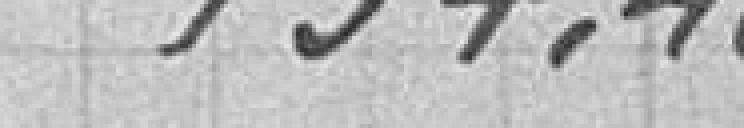
134,40